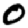
Digit: 0